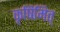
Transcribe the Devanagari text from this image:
कृषिमित्